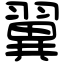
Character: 翼